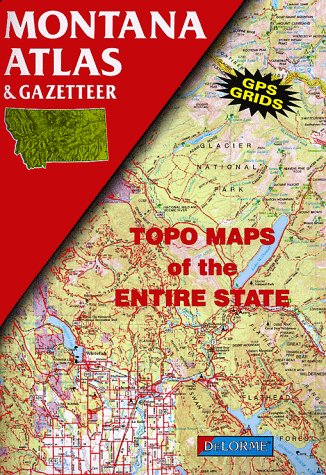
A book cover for Montana Atlas and Gazetteer (State Atlas & Gazetteer); Delorme Mapping Company; Travel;